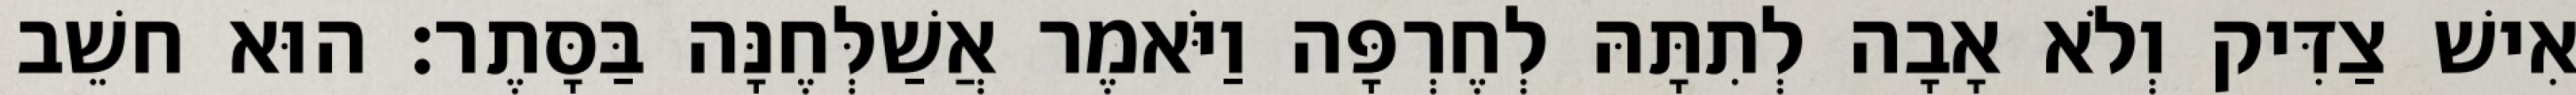
אִישׁ צַדִּיק וְלֹא אָבָה לְתִתָּהּ לְחֶרְפָּה וַיֹּאמֶר אֲשַׁלְּחֶנָּה בַּסָּתֶר׃ הוּא חשֵׁב